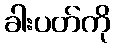
ခါးပတ်ကို